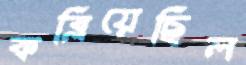
কব্‌লিয়েছিল